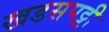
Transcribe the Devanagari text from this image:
खडसपट्टी